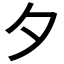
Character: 夕